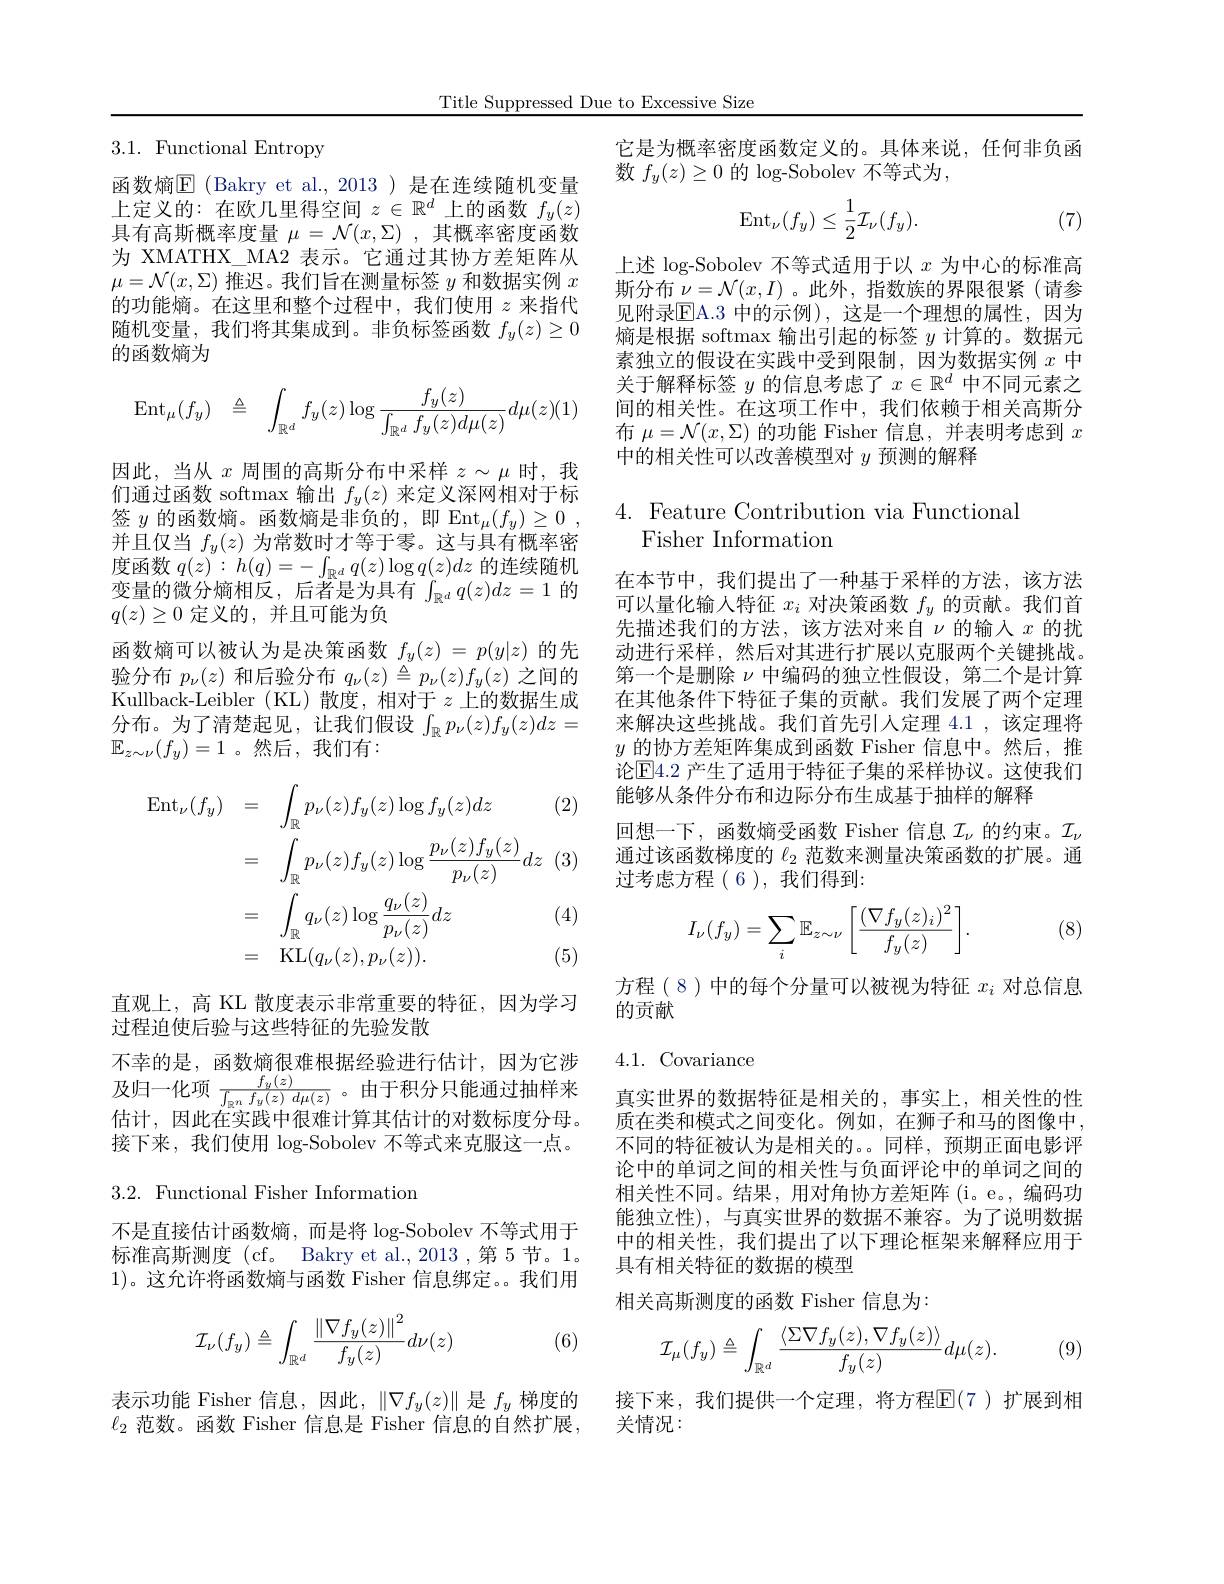
Title Suppressed Due to Excessive Size

3.1. Functional Entropy

函数熵$\boxed{\mathrm{F}}$(Bakry et al.,2013)是在连续随机变量上定义的：在欧几里得空间$z\in\mathbb{R}^d$上的函数$f_y(z)$ 具有高斯概率度量$\mu=\mathcal{N}(x,\Sigma)$,其概率密度函数为 XMATHX\_MA2 表示。它通过其协方差矩阵从$\mu=\mathcal{N}(x,\Sigma)$推迟。我们旨在测量标签$y$和数据实例$x$ 的功能熵。在这里和整个过程中，我们使用$z$来指代随机变量，我们将其集成到。非负标签函数$f_y(z)\geq0$ 的函数熵为
$$\begin{array}{rcl}\operatorname{Ent}_\mu(f_y)&\triangleq&\displaystyle\int_{\mathbb{R}^d}f_y(z)\log\frac{f_y(z)}{\int_{\mathbb{R}^d}f_y(z)d\mu(z)}d\mu(z)(1)\end{array}$$
因此，当从$x$周围的高斯分布中采样$z\sim\mu$时，我们通过函数 softmax 输出$f_y(z)$来定义深网相对于标签$y$的函数熵。函数熵是非负的，即 Ent$_\mu ( f_y) \geq 0$ , 并且仅当$f_y(z)$为常数时才等于零。这与具有概率密度函数$q(z):h(q)=-\int_{\mathbb{R}^d}q(z)\log q(z)dz$的连续随机变量的微分熵相反，后者是为具有$\int_\mathbb{R}^dq(z)dz=1$的$q(z)\geq0$定义的，并且可能为负
函数熵可以被认为是决策函数$f_y(z)=p(y|z)$的先验分布$p_\nu(z)$和后验分布$q_\nu(z)\triangleq p_\nu(z)f_y(z)$之间的Kullback-Leibler (KL)散度，相对于$z$上的数据生成分布。为了清楚起见，让我们假设$\int_\mathbb{R}p_\nu(z)f_y(z)dz=$ $\mathbb{E}_{z\sim\nu}(f_y)=1$。然后，我们有：

(2)
$$\begin{aligned}\operatorname{Ent}_{\nu}(f_{y})&=\quad\int_{\mathbb{R}}p_{\nu}(z)f_{y}(z)\log f_{y}(z)dz\\&=\quad\int_{\mathbb{R}}p_{\nu}(z)f_{y}(z)\log\frac{p_{\nu}(z)f_{y}(z)}{p_{\nu}(z)}dz\\&=\quad\int_{\mathbb{R}}q_{\nu}(z)\log\frac{q_{\nu}(z)}{p_{\nu}(z)}dz\\&=\quad\mathrm{KL}(q_{\nu}(z),p_{\nu}(z)).\end{aligned}$$
(4)

(5)

直观上，高 KL 散度表示非常重要的特征，因为学习
过程迫使后验与这些特征的先验发散
不幸的是，函数熵很难根据经验进行估计，因为它涉及归一化项$\frac{f_y(z)}{\int_{\mathbb{R}^n}f_y(z)\:d\mu(z)}$ 。由于积分只能通过抽样来估计，因此在实践中很难计算其估计的对数标度分母。接下来，我们使用 log-Sobolev 不等式来克服这一点。

3.2. Functional Fisher Information

不是直接估计函数熵，而是将 log-Sobolev 不等式用于标准高斯测度 (cf。Bakry et al.,2013 ,第 5 节。1。1)。这允许将函数熵与函数 Fisher 信息绑定。我们用

(6)
$$\mathcal{I}_{\nu}(f_{y})\triangleq\int_{\mathbb{R}^{d}}\frac{\left\|\nabla f_{y}(z)\right\|^{2}}{f_{y}(z)}d\nu(z)$$
表示功能 Fisher 信息，因此，$\|\nabla f_y(z)\|$是$f_y$梯度的$\ell_2$ 范数。函数 Fisher 信息是 Fisher 信息的自然扩展，

它是为概率密度函数定义的。具体来说，任何非负函
数$f_y(z)\geq0$的$\log$-Sobolev 不等式为，
$$\begin{aligned}\operatorname{Ent}_{\nu}(f_{y})\leq\frac{1}{2}\mathcal{I}_{\nu}(f_{y}).\end{aligned}$$
(7)

上述 log-Sobolev 不等式适用于以$x$为中心的标准高斯分布$\nu=\mathcal{N}(x,I)$ 。此外，指数族的界限很紧(请参见附录$\overline{\mathbb{E}}$A.3 中的示例),这是一个理想的属性，因为熵是根据 softmax 输出引起的标签$y$计算的。数据元素独立的假设在实践中受到限制，因为数据实例$x$中关于解释标签$y$的信息考虑了$x\in\mathbb{R}^d$中不同元素之间的相关性。在这项工作中，我们依赖于相关高斯分布$\mu=\mathcal{N}(x,\Sigma)$的功能 Fisher 信息，并表明考虑到$x$ 中的相关性可以改善模型对$y$预测的解释

## 4. Feature Contribution via Functional Fisher Information

在本节中，我们提出了一种基于采样的方法，该方法可以量化输入特征$x_i$对决策函数$f_y$的贡献。我们首先描述我们的方法，该方法对来自$\nu$的输入$x$的扰动进行采样，然后对其进行扩展以克服两个关键挑战。第一个是删除$\nu$中编码的独立性假设，第二个是计算在其他条件下特征子集的贡献。我们发展了两个定理来解决这些挑战。我们首先引人定理 4.1 ,该定理将$y$的协方差矩阵集成到函数 Fisher 信息中。然后，推论$\mathbb{E}$4.2 产生了适用于特征子集的采样协议。这使我们能够从条件分布和边际分布生成基于抽样的解释
回想一下，函数熵受函数 Fisher 信息$\mathcal{I}_\nu$的约束。$\mathcal{I}_\nu$ 通过该函数梯度的$\ell_{2}$范数来测量决策函数的扩展。通过考虑方程(6),我们得到：

(8)
$$I_\nu(f_y)=\sum_i\mathbb{E}_{z\sim\nu}\left[\frac{(\nabla f_y(z)_i)^2}{f_y(z)}\right].$$
方程(8)中的每个分量可以被视为特征$x_i$对总信息
的贡献

## 4.1. Covariance

真实世界的数据特征是相关的，事实上，相关性的性质在类和模式之间变化。例如，在狮子和马的图像中， 不同的特征被认为是相关的。。同样，预期正面电影评论中的单词之间的相关性与负面评论中的单词之间的相关性不同。结果，用对角协方差矩阵(i。e。,编码功能独立性),与真实世界的数据不兼容。为了说明数据中的相关性，我们提出了以下理论框架来解释应用于具有相关特征的数据的模型
相关高斯测度的函数 Fisher 信息为：
$$\mathcal{I}_{\mu}(f_{y})\triangleq\int_{\mathbb{R}^{d}}\frac{\langle\Sigma\nabla f_{y}(z),\nabla f_{y}(z)\rangle}{f_{y}(z)}d\mu(z).$$
(9)

接下来，我们提供一个定理，将方程$\overline{\mathbb{E}}(7$ )扩展到相
关情况：